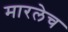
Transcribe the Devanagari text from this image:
मारलेच